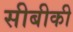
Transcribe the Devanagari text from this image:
सीबीकी